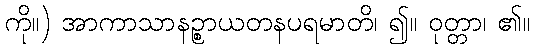
ကို။) အာကာသာနဉ္စာယတနပရမာတိ၊ ၍။ ဝုတ္တာ၊ ၏။